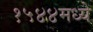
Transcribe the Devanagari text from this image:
१५४४मध्ये